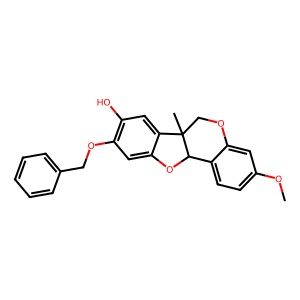
SMILES: COc1ccc2c(c1)OCC1(C)c3cc(O)c(OCc4ccccc4)cc3OC21
Inhibits HIV replication: No